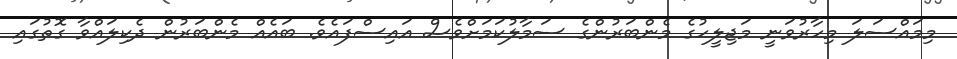
މިމައްސަލަ މިހާރުވަނީ މަޖިލީހުގެ މެންބަރުންގެ ސަމާލުކަމަށްވެސް އައިސްފައެވެ. ބައެއް މެންބަރުން ދެކިލައްވާ ގޮތުގައި